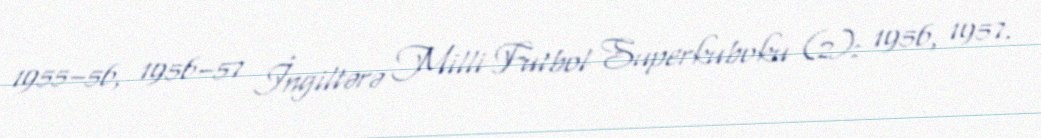
1955–56, 1956–57 İngiltərə Milli Futbol Superkuboku (2): 1956, 1957.